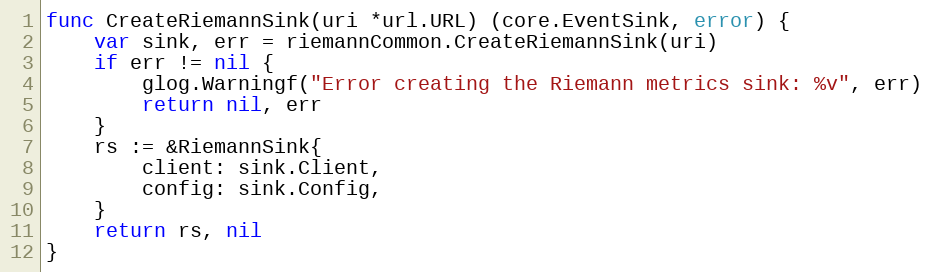
Language: Go
func CreateRiemannSink(uri *url.URL) (core.EventSink, error) {
	var sink, err = riemannCommon.CreateRiemannSink(uri)
	if err != nil {
		glog.Warningf("Error creating the Riemann metrics sink: %v", err)
		return nil, err
	}
	rs := &RiemannSink{
		client: sink.Client,
		config: sink.Config,
	}
	return rs, nil
}